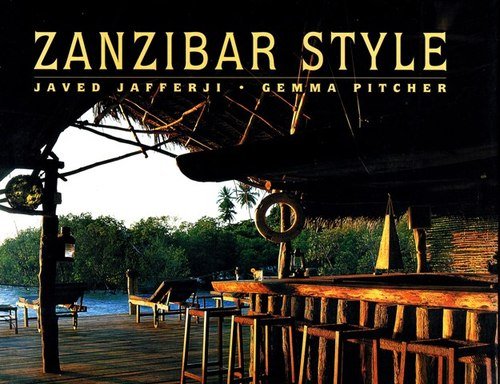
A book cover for Zanzibar Style; Gemma Pitcher; Travel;